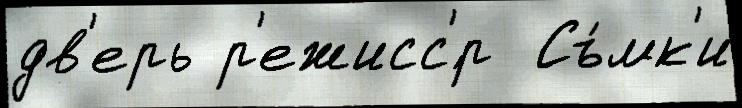
дв'ерь р'ежисс'́р  Съ́мк'и